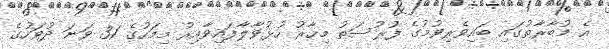
އެ މުބާރާތުގައި ބައިވެރިވުމުގެ ފުރުސަތު މިހާރު ހުޅުވާލާފައިވާއިރު މިމަހުގެ 31 ވަނަ ދުވަހުގެ